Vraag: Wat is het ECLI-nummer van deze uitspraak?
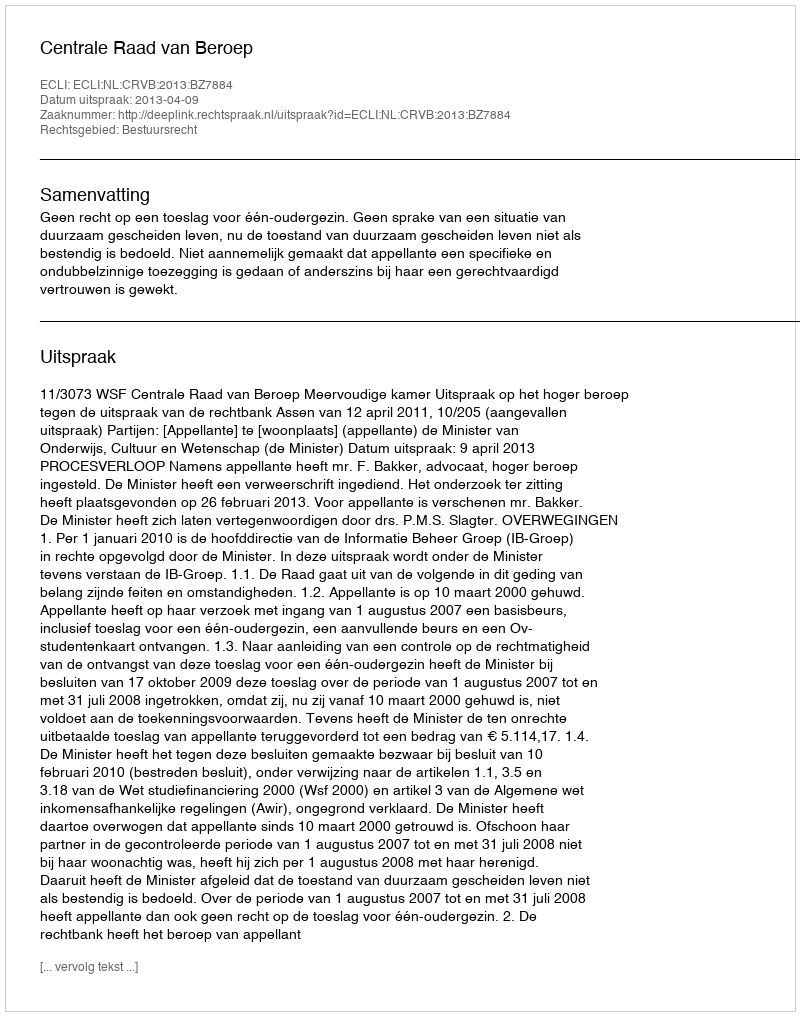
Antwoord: ECLI:NL:CRVB:2013:BZ7884